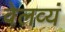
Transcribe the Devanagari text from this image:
वेलव्यं